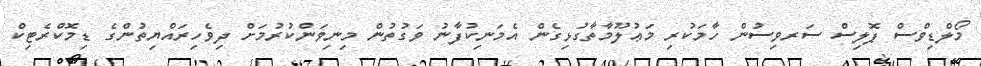
މޯލްޑިވްސް ޕޮލިސް ސަރވިސުން ހާމަކުރި މަޢުލޫމާތާގުޅިގެން އެމަނިކުފާނު ވަގުތުން މިނިވަންކުރުމަށް ދިވެހިރައްޔިތުންގެ ޑިމޮކްރެޓިކް